Medical and sanitary report of the native army of Madras for the year
Year: 1872
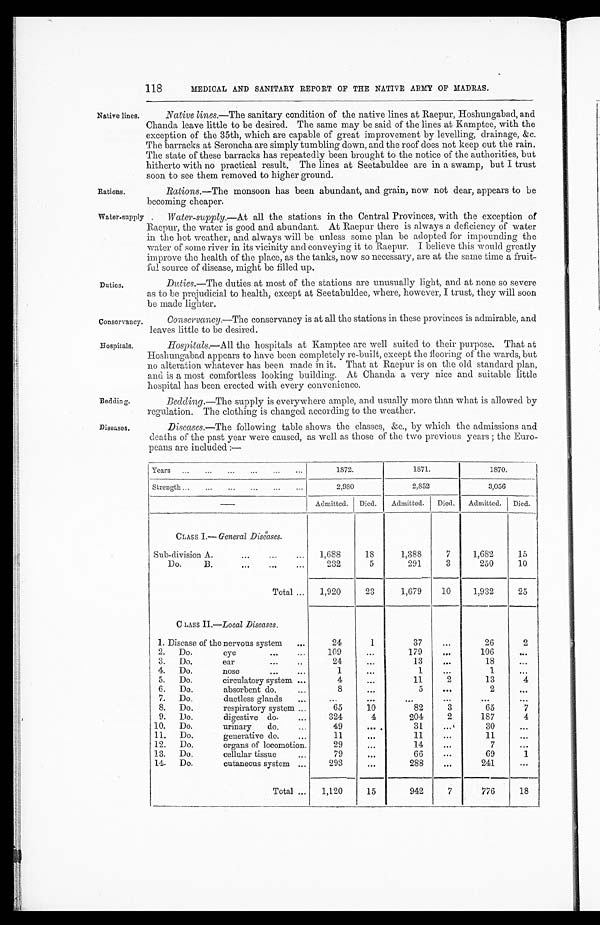
118 MEDICAL AND SANITARY REPORT OF THE NATIVE ARMY OF MADRAS.
Native lines.
Rations.
Water-supply
Duties.
Conservancy.
Hospitals.
Bedding.
Diseases.
Native lines.—The sanitary condition of the native lines at Raepur, Hoshungabad, and
Chanda leave little to be desired. The same may be said of the lines at Kamptee, with the
exception of the 35th, which are capable of great improvement by levelling, drainage, &c.
The barracks at Seroncha are simply tumbling down, and the roof does not keep out the rain.
The state of these barracks has repeatedly been brought to the notice of the authorities, but
hitherto with no practical result. The lines at Seetabuldee are in a swamp, but I trust
soon to see them removed to higher ground.
Rations .—The monsoon has been abundant, and grain, now not dear, appears to be
becoming cheaper.
Water-supply. —At all the stations in the Central Provinces, with the exception of
Raepur, the water is good and abundant. At Raepur there is always a deficiency of water
in the hot weather, and always will be unless some plan be adopted for impounding the
water of some river in its vicinity and conveying it to Raepur. I believe this would greatly
improve the health of the place, as the tanks, now so necessary, are at the same time a fruit-
fal source of disease, might be filled up.
Duties. —The duties at most of the stations are unusually light, and at none so severe
as to be prejudicial to health, except at Seetabuldee, where, however, I trust, they will soon
be made lighter.
Conservancy . —The conservancy is at all the stations in these provinces is admirable, and
leaves little to be desired.
Hospitals. —All the hospitals at Kamptee are well suited to their purpose. That at
Hoshungabad appears to have been completely re-built, except the flooring of the wards, but
no alteration whatever has been made in it. That at Raepur is on the old standard plan,
and is a most comfortless looking building. At Chanda a very nice and suitable little
hospital has been erected with every convenience.
Bedding .—The supply is everywhere ample, and usually more than what is allowed by
regulation. The clothing is changed according to the weather.
Diseases .—The following table shows the classes, &c., by which the admissions and
deaths of the past year were caused, as well as those of the two previous years ; the Euro-
peans are included :—
Years...
... ... ... ... ...
1872.
1871.
1870.
Strength ...
...
...
...
...
...
2,980
2,852
3,056
—
Admitted. Died.
Admitted. Died.
Admitted. Died.
CLASS I.— General Diseas es.
Sub-division A ...
... . . . 1,688
18
1,388
7
1,682
15
Do.
B....
...
...
232
5
291
3
250
10
Total ...
1,920
23
1,679
10
1,932
25
CLASS II.—Local Diseases.
1. Disease of the nervous system
...
24
1
37
...
26
2
2.
Do.
eye
... ...
109
...
179
...
106
...
3.
Do.
ear
...
...
24
...
13
...
18
...
4.
Do.
nose
...
...
1
1
...
1
...
5.
Do.
circulatory system ...
4
...
11
2
13
4
6.
Do.
absorbent do ...
8
...
5
...
2
...
7. Do.
ductless glands
...
...
... ...
. . .
...
. . .
8. Do.
respiratory system ...
65
10
82
3
65
7
9. Do.
digestive do ...
324
4
204
2
187
4
10. Do.
urinary
do.
...
49
...
31
...
30
. . .
11.
Do.
generative do.
...
11
. . .
11
...
11
12.
Do.
organs of locomotion.
29
. . .
14
. . .
7
...
13.
Do.
cellular tissue
...
79
. . .
66
69
1
14. Do.
cutaneous system ...
293
. . .
288
. . .
241
...
Total ...
1,120
15
942
7
776
18